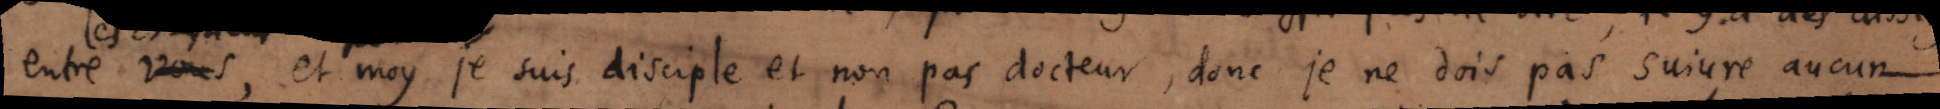
entre vous, et moy je suis disciple et non pas docteur, donc je ne dois pas suivre aucun